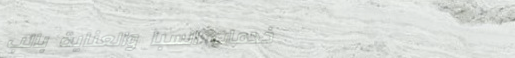
خدمات السبا والعناية بالب